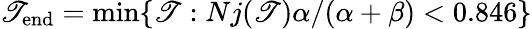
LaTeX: \mathscr{T}_{\mathrm{{end}}}=\mathrm{{min}}\{ \mathscr{T}:Nj(\mathscr{T})\alpha/(\alpha+\beta)<0.846\}